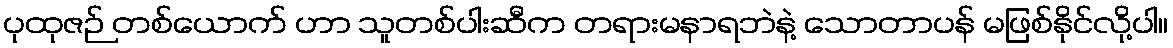
ပုထုဇဉ် တစ်ယောက် ဟာ သူတစ်ပါးဆီက တရားမနာရဘဲနဲ့ သောတာပန် မဖြစ်နိုင်လို့ပါ။